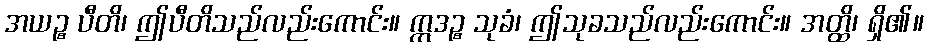
အယဉ္စ ပီတိ၊ ဤပီတိသည်လည်းကောင်း။ ဣဒဉ္စ သုခံ၊ ဤသုခသည်လည်းကောင်း။ အတ္ထိ၊ ရှိ၏။